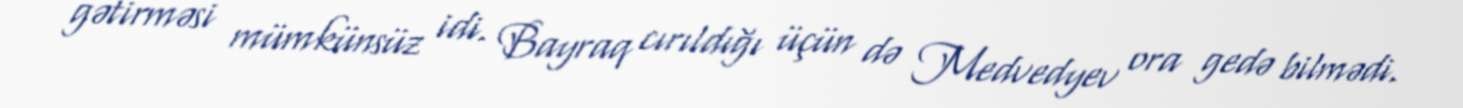
gətirməsi mümkünsüz idi. Bayraq cırıldığı üçün də Medvedyev ora gedə bilmədi.